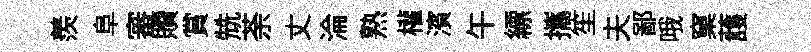
羨阜審贖賞兟荼丈淪熟權濱午縹攜笙夫鄙哦窠䕶